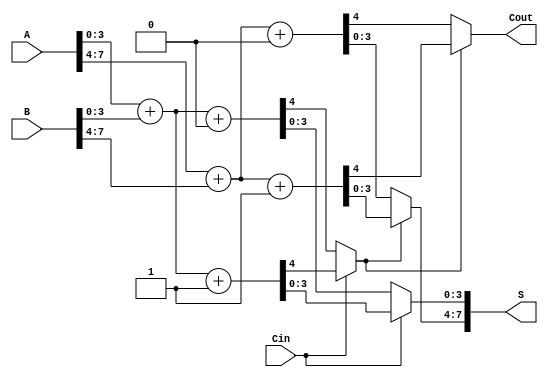
module CarrySelectAdder #(parameter N = 8) (
    input  [N-1:0] A,      // First operand
    input  [N-1:0] B,      // Second operand
    input         Cin,      // Carry input
    output [N-1:0] S,      // Sum output
    output        Cout      // Carry output
);

    localparam BLOCK_SIZE = 4; // Size of each block
    localparam NUM_BLOCKS = N / BLOCK_SIZE;

    wire [BLOCK_SIZE-1:0] S0 [0:NUM_BLOCKS-1]; // Sum when Cin = 0
    wire [BLOCK_SIZE-1:0] S1 [0:NUM_BLOCKS-1]; // Sum when Cin = 1
    wire [NUM_BLOCKS-1:0] C0; // Carry out when Cin = 0
    wire [NUM_BLOCKS-1:0] C1; // Carry out when Cin = 1
    wire [NUM_BLOCKS:0] C; // Carry chain

    // Generate blocks
    genvar i;
    generate
        for (i = 0; i < NUM_BLOCKS; i = i + 1) begin : block
            wire [BLOCK_SIZE-1:0] A_block = A[(i+1)*BLOCK_SIZE-1 -: BLOCK_SIZE];
            wire [BLOCK_SIZE-1:0] B_block = B[(i+1)*BLOCK_SIZE-1 -: BLOCK_SIZE];

            // Full adder logic for Cin = 0
            assign {C0[i], S0[i]} = A_block + B_block + 1'b0;
            // Full adder logic for Cin = 1
            assign {C1[i], S1[i]} = A_block + B_block + 1'b1;
        end
    endgenerate

    // Carry chain
    assign C[0] = Cin; // Initial carry input
    generate
        for (i = 0; i < NUM_BLOCKS; i = i + 1) begin : carry_chain
            assign C[i+1] = C[i] ? C1[i] : C0[i];
        end
    endgenerate

    // Sum and carry selection
    generate
        for (i = 0; i < NUM_BLOCKS; i = i + 1) begin : sum_selection
            assign S[(i+1)*BLOCK_SIZE-1 -: BLOCK_SIZE] = C[i] ? S1[i] : S0[i];
        end
    endgenerate

    // Final carry output
    assign Cout = C[NUM_BLOCKS];

endmodule